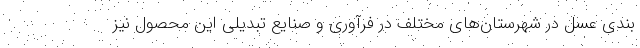
بندی عسل در شهرستان‌های مختلف در فرآوری و صنایع تبدیلی این محصول نیز